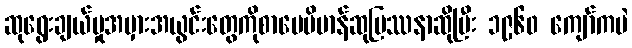
ဆုရွေးချယ်မှုအမှားအယွင်းတွေကိုစာပေဗိမာန်ဆုပြဿနာဆိုပြီး ၁၉၆၀ ကျော်ကပဲ